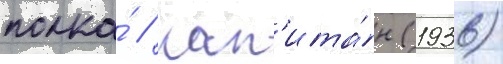
полка́ // Кап'ита́н (1936)